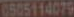
6505114079